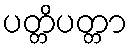
ပတ္တိပတ္တာ